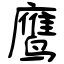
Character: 鹰